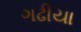
ગઢીયા